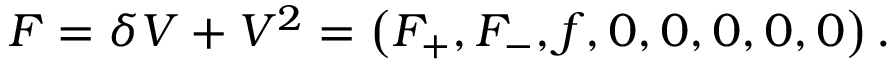
F = \delta V + V ^ { 2 } = \left( F _ { + } , F _ { - } , f , 0 , 0 , 0 , 0 , 0 \right) .